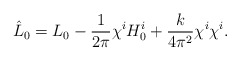
\begin{align*}\hat{L}_0 = L_0 - \frac{1}{2 \pi} \chi^{i} H^i_{0} + \frac{k}{4 \pi^2} \chi^{i} \chi^{i}.\end{align*}